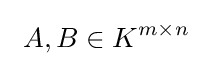
\ A,B\in K^{m\times n}\